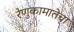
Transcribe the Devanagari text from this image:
रेणुकामातेचा